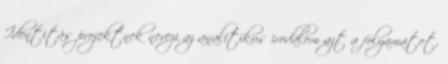
Identitás projektnek nevezi az analitikus irodalom azt a folyamatot,